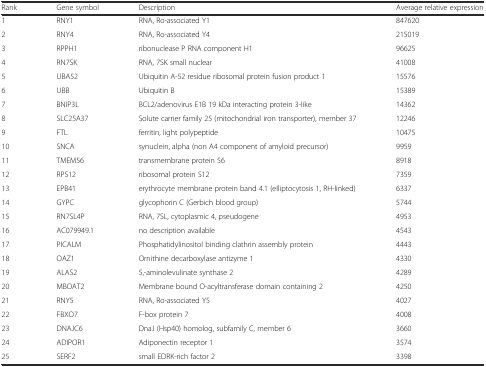
<table><thead><tr><td><b>Rank</b></td><td><b>Gene symbol</b></td><td><b>Description</b></td><td><b>Average relative expression</b></td></tr></thead><tbody><tr><td>1</td><td>RNY1</td><td>RNA, Ro-associated Y1</td><td>847620</td></tr><tr><td>2</td><td>RNY4</td><td>RNA, Ro-associated Y4</td><td>215019</td></tr><tr><td>3</td><td>RPPH1</td><td>ribonuclease P RNA component H1</td><td>96625</td></tr><tr><td>4</td><td>RN7SK</td><td>RNA, 7SK small nuclear</td><td>41008</td></tr><tr><td>5</td><td>UBA52</td><td>Ubiquitin A-52 residue ribosomal protein fusion product 1</td><td>15576</td></tr><tr><td>6</td><td>UBB</td><td>Ubiquitin B</td><td>15389</td></tr><tr><td>7</td><td>BNIP3L</td><td>BCL2/adenovirus E1B 19 kDa interacting protein 3-like</td><td>14362</td></tr><tr><td>8</td><td>SLC25A37</td><td>Solute carrier family 25 (mitochondrial iron transporter), member 37</td><td>12246</td></tr><tr><td>9</td><td>FTL</td><td>ferritin, light polypeptide</td><td>10475</td></tr><tr><td>10</td><td>SNCA</td><td>synuclein, alpha (non A4 component of amyloid precursor)</td><td>9959</td></tr><tr><td>11</td><td>TMEM56</td><td>transmembrane protein 56</td><td>8918</td></tr><tr><td>12</td><td>RPS12</td><td>ribosomal protein S12</td><td>7359</td></tr><tr><td>13</td><td>EPB41</td><td>erythrocyte membrane protein band 4.1 (elliptocytosis 1, RH-linked)</td><td>6337</td></tr><tr><td>14</td><td>GYPC</td><td>glycophorin C (Gerbich blood group)</td><td>5744</td></tr><tr><td>15</td><td>RN7SL4P</td><td>RNA, 7SL, cytoplasmic 4, pseudogene</td><td>4953</td></tr><tr><td>16</td><td>AC079949.1</td><td>no description available</td><td>4543</td></tr><tr><td>17</td><td>PICALM</td><td>Phosphatidylinositol binding clathrin assembly protein</td><td>4443</td></tr><tr><td>18</td><td>OAZ1</td><td>Ornithine decarboxylase antizyme 1</td><td>4330</td></tr><tr><td>19</td><td>ALAS2</td><td>5,-aminolevulinate synthase 2</td><td>4289</td></tr><tr><td>20</td><td>MBOAT2</td><td>Membrane bound O-acyltransferase domain containing 2</td><td>4250</td></tr><tr><td>21</td><td>RNY5</td><td>RNA, Ro-associated Y5</td><td>4027</td></tr><tr><td>22</td><td>FBXO7</td><td>F-box protein 7</td><td>4008</td></tr><tr><td>23</td><td>DNAJC6</td><td>DnaJ (Hsp40) homolog, subfamily C, member 6</td><td>3660</td></tr><tr><td>24</td><td>ADIPOR1</td><td>Adiponectin receptor 1</td><td>3574</td></tr><tr><td>25</td><td>SERF2</td><td>small EDRK-rich factor 2</td><td>3398</td></tr></tbody></table>